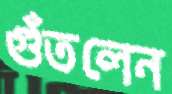
গুঁতলেন